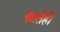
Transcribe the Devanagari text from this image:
खातेही